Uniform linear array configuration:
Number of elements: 48
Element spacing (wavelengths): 0.5
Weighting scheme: uniform
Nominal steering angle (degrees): -30
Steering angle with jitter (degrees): -31.303
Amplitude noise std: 0.05
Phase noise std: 0.05

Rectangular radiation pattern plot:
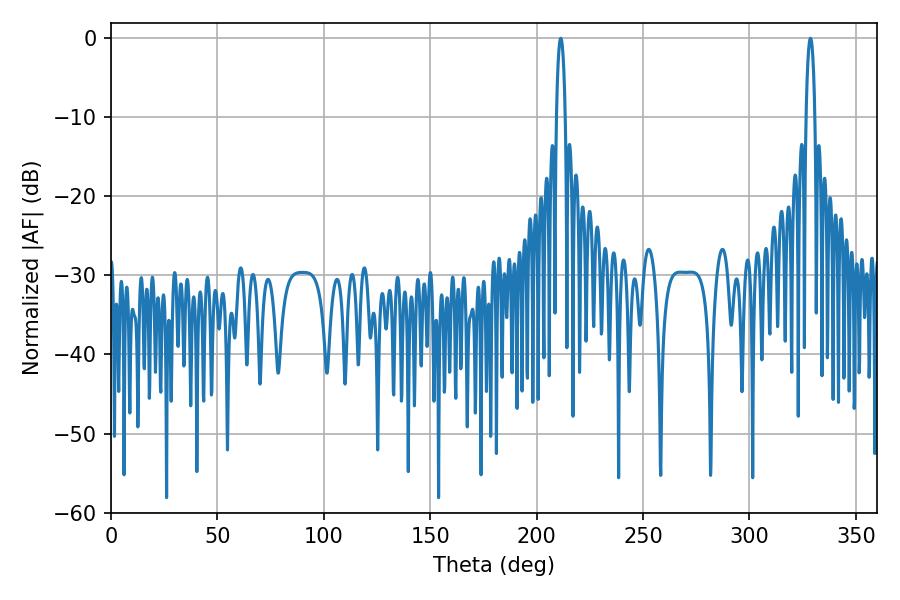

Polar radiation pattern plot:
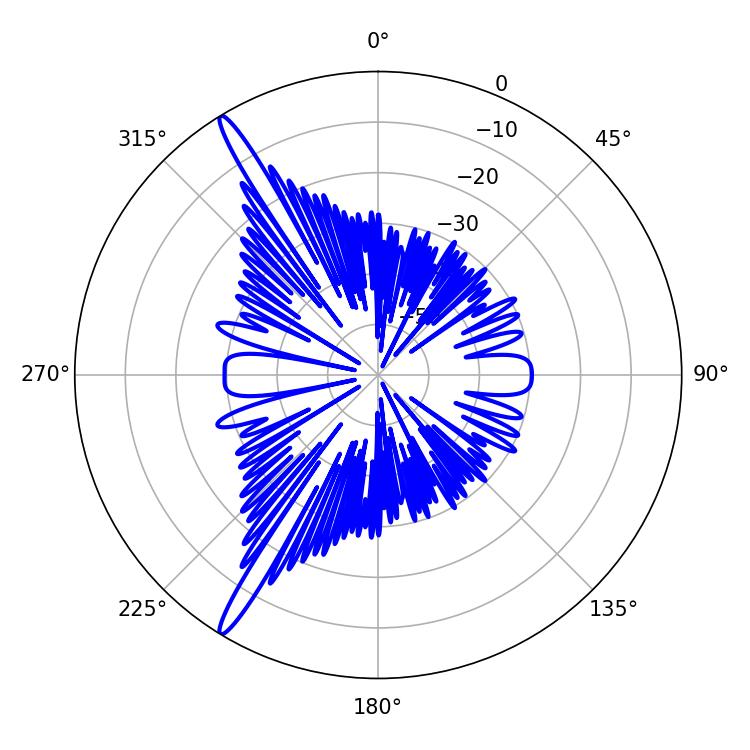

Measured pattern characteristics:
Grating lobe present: FALSE
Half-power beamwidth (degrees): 2.16
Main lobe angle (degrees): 211.32